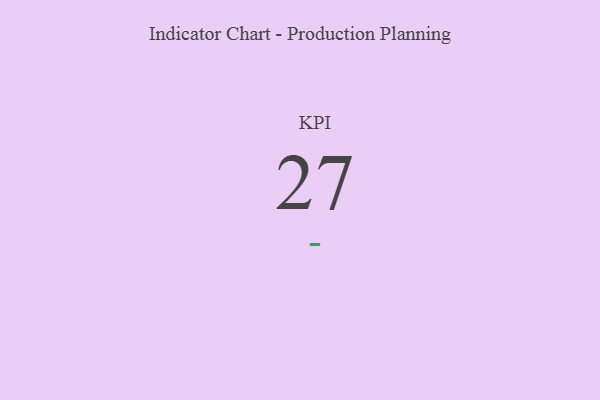
{"axis": {"x": "KPI", "y": "Value"}, "legend": [""], "data": [{"x": "KPI", "y": 27, "type": ""}]}